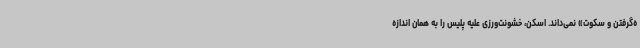
ه‌گرفتن و سکوت» نمی‌داند. اسکن، خشونت‌ورزی علیه پلیس را به همان اندازه